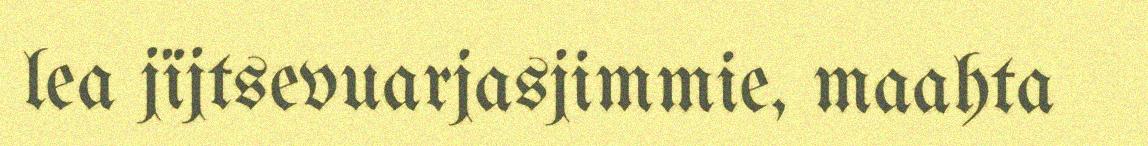
lea jïjtsevuarjasjimmie, maahta